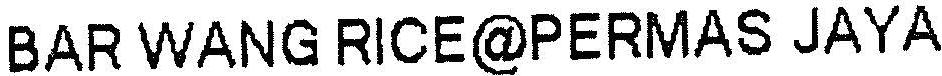
BAR WANG RICE@PERMAS JAYA